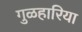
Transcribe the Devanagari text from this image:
गुळहारिया